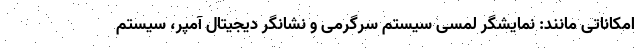
امکاناتی مانند: نمایشگر لمسی سیستم سرگرمی و نشانگر دیجیتال آمپر، سیستم